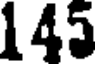
145